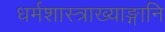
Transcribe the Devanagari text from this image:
धर्मशास्त्राख्याङ्गानि